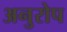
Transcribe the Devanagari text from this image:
अनुरोप